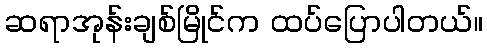
ဆရာအုန်းချစ်မြိုင်က ထပ်ပြောပါတယ်။